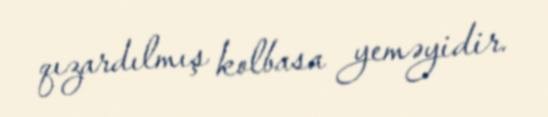
qızardılmış kolbasa yeməyidir.